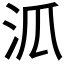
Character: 𣲖